Civil Veterinary Dept. Bombay admin report 1900-1906 - 1900-1906
Year: 1900
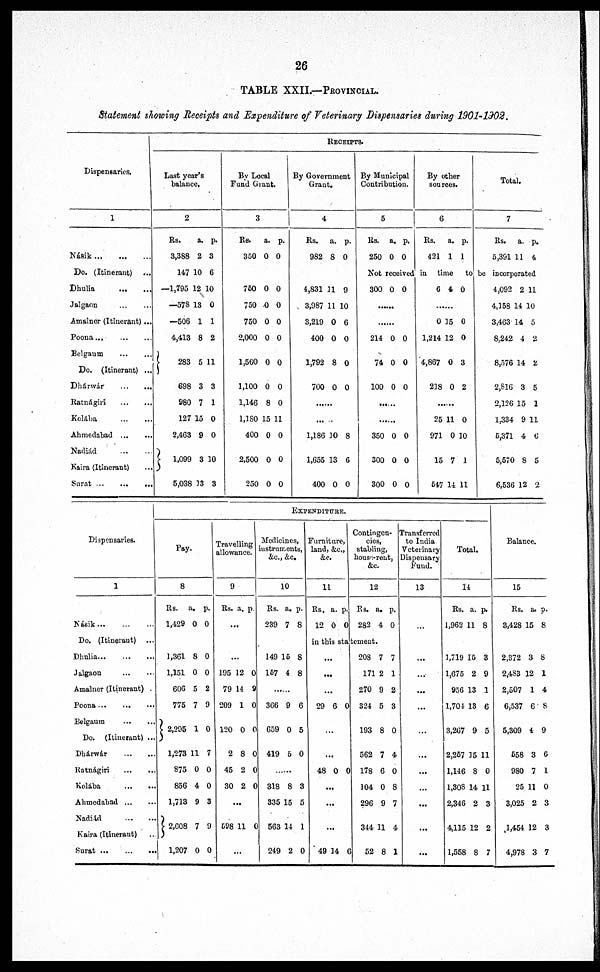
26
TABLE XXII.—PROVINCIAL.
Statement showing Receipts and Expenditure of Veterinary Dispensaries during 1901-1902.
Dispensaries.
1
Nánik...
...
...
Do. (Itinerant)
...
Dhulia
...
...
Jalgaon
...
...
Amalnor (Itinerant)...
Poona...
...
...
Belgaum ... ...
Do. (Itinerant) ...
Dhárwár
...
...
Ratnágiri ... ...
Kolába
...
...
Ahmedabad
...
...
Nadiád
...
...
Kaira (Itinerant) ...
Surat
...
...
...
RECEIPTS.
Last year's
balance.
2
Rs.
3,388
147
—1,795
—573
—506
4,413
283
698
980
127
2,463
1,099
5,038
a.
2
10
12
13
1
8
5
3
7
15
9
3
13
p.
3
6
10
0
1
2
11
3
1
0
0
10
3
By Local
Fund Grant.
3
Rs.
350
a.
0
p.
0
750
750
750
2,000
1,560
1,100
1,146
1,180
400
2,500
250
0
0
0
0
0
0
8
15
0
0
0
0
0
0
0
0
0
0
11
0
0
0
By Government
Grant.
4
Rs.
982
a.
8
p.
0
4,831
3,987
3,219
400
1,792
700
11
11
0
0
8
0
9
10
6
0
0
0
......
1,186
1,655
400
10
13
0
8
6
0
By Municipal
Contribution.
5
Rs.
250
a.
0
p.
0
By other
sources.
6
Rs.
421
a.
1
p.
1
Total.
7
Rs.
5,391
a.
11
p.
4
Not receivedin time
tobe incorporated
300 0 0
......
......
214
74
100
0
0
0
0
0
0
......
......
350
300
300
0
0
0
0
0
0
6 4 0
......
0
1,214
4,867
218
15
12
0
0
0
0
3
2
......
25
971
15
547
11
0
7
14
0
10
1
11
4,092
4,158
3,463
8,242
8,576
2,816
2,126
1,334
6,371
5,570
6,536
2
14
14
4
14
3
15
9
4
8
12
11
10
5
2
2
5
1
11
6
5
2
Dispensaries.
1
Násik
...
...
...
Do. (Itinerant) ...
Dhulia...
...
...
Jalgaon
...
...
Amalner (Itinerant) .
Poona
...
...
...
Belgaum
...
...
Do. (Itinerant) ...
Dhárwár
...
...
Ratnágiri
...
...
Kolába
...
...
Ahmedabad ... ...
Nadiád
...
...
Kaira (Itinerant) ...
Surat
...
...
...
EXPENDITURE.
Pay.
8
Rs.
1,429
a.
0
p.
0
1,361
1,151
606
775
2,295
1,273
875
856
1,713
2,608
1,207
8
0
5
7
1
11
0
4
9
7
0
0
0
2
9
0
7
0
0
3
9
0
Travelling
allowance.
9
Rs. a. p.
...
...
195
79
209
120
2
45
30
...
598
12
14
1
0
8
2
2
11
0
9
0
0
0
0
0
0
...
Medicines
instruments,
&c.,&c.
10
Rs.
239
a.
7
p.
8
149
157
16
4
8
8
......
366
659
419
......
318
335
563
249
9
0
5
8
15
14
2
6
5
0
8
5
1
0
Furniture,
land,&c.,
&c.
11
Rs.
12
a.
0
p.
0
Contingen-
cies,
stabling
house rent
&c.
12
Rs.
282
a.
4
p.
0
in this statement.
...
...
...
29 6 0
...
...
48 0 0
...
...
...
49 14 6
208
171
270
324
193
562
178
104
296
344
52
7
2
9
5
8
7
6
0
9
11
8
7
1
2
8
0
4
0
8
7
4
1
Transferred
to India
Veterinary
dispensary
Fund.
13
...
...
...
...
...
...
...
...
...
...
...
...
Total.
14
Rs.
1,962
a.
11
p.
8
1,719
1,675
956
1,704
3,267
2,267
1,146
1,303
2,346
4,115
1,558
15
2
13
13
9
15
8
14
2
12
8
8
9
1
6
5
11
0
11
3
2
7
Balance.
15
Rs.
3,428
a.
15
p.
8
2,372
2,483
2,507
6,537
5,309
558
980
25
3,025
1,454
4,978
3
12
1
6
4
3
7
11
2
12
3
8
1
4
8
9
6
1
0
3
3
7